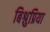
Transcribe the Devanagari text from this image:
बिश्नुप्रिया